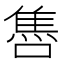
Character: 𨿞